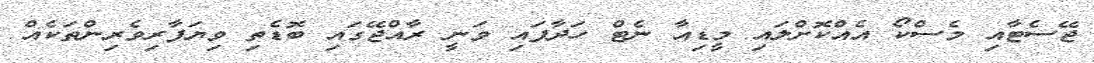
ޖޭސެޓާއި މެސްކޯ އެއްކޮށްލައި މީޑިއާ ނެޓް ހަދާފައި ވަނީ ރާއްޖޭގައި ބޮޑެތި ވިޔަފާރިވެރިންތަކެއް